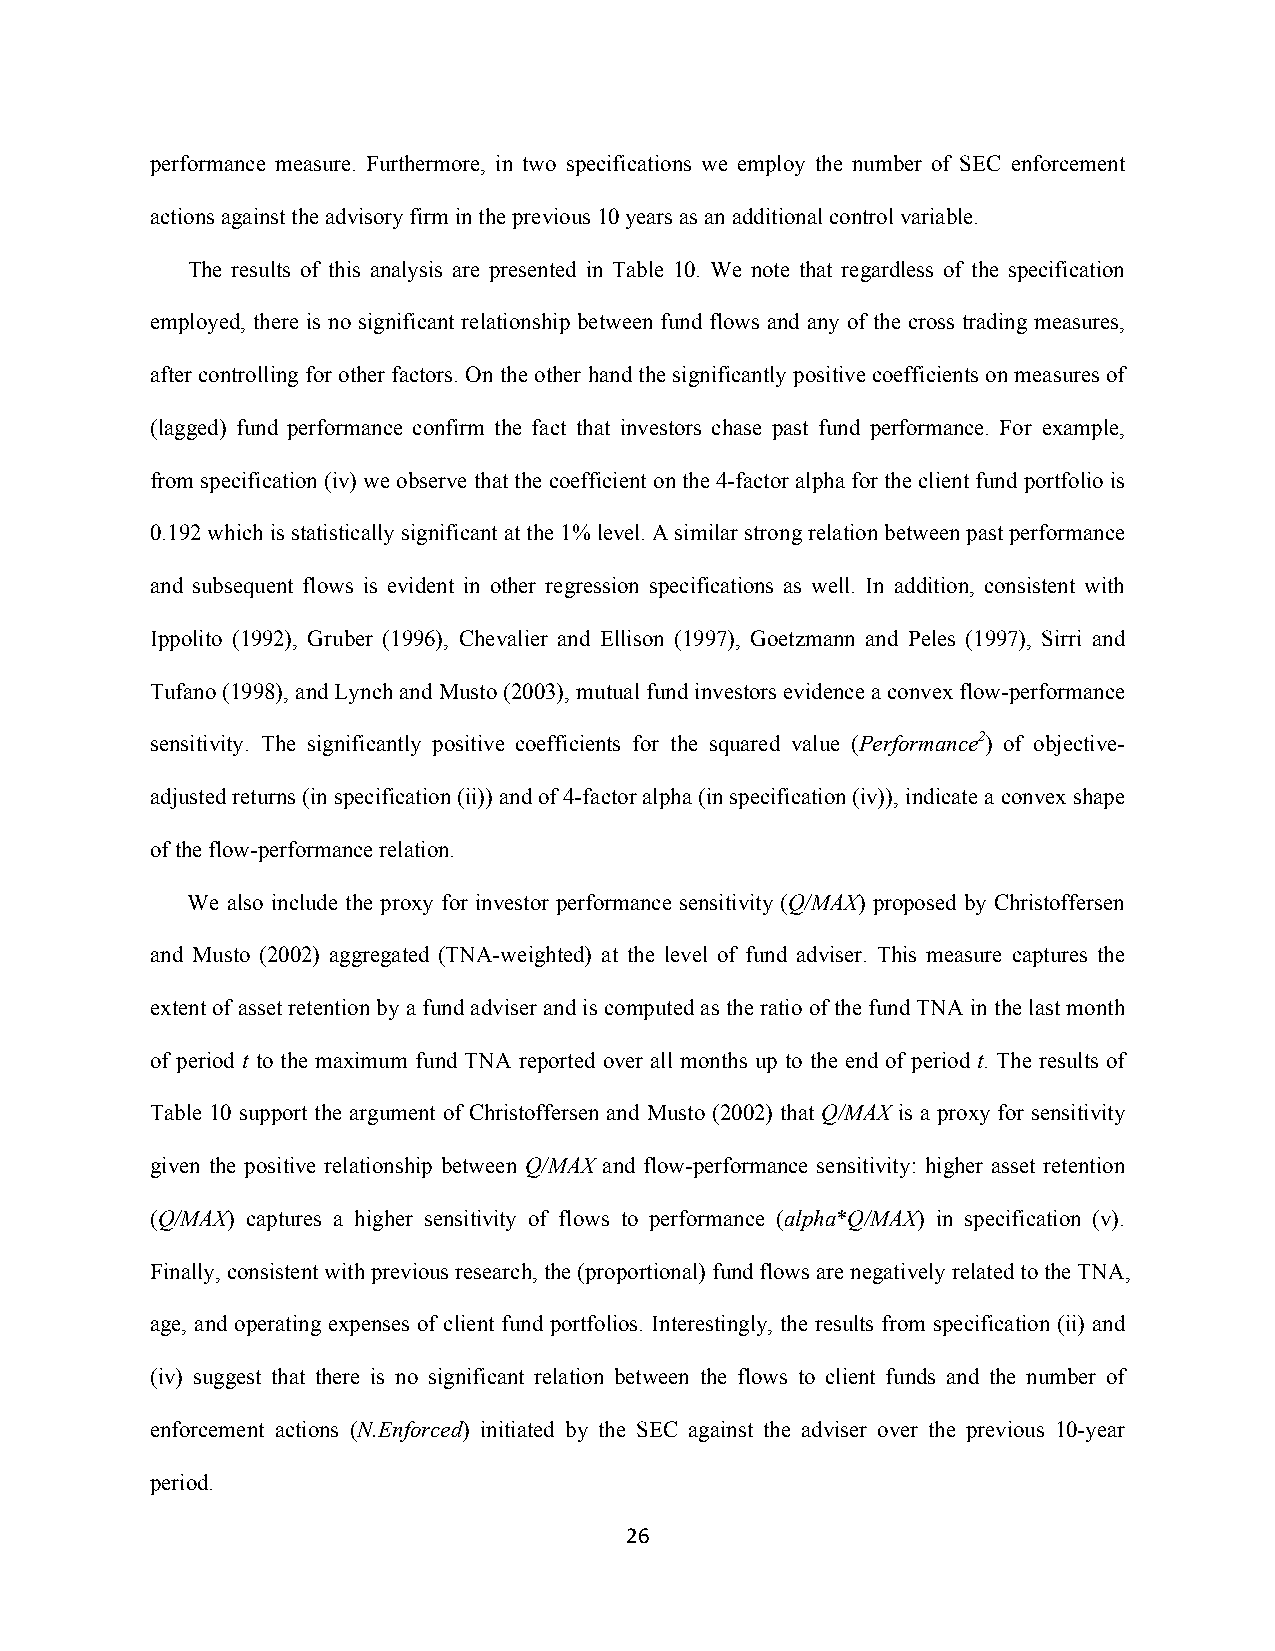
performance measure. Furthermore, in two specifications we employ the number of SEC enforcement
 actions against the advisory firm in the previous 10 years as an additional control variable.
 The results of this analysis are presented in Table 10. We note that regardless of the specification
 employed, there is no significant relationship between fund flows and any of the cross trading measures,
 after controlling for other factors. On the other hand the significantly positive coefficients on measures of
 (lagged) fund performance confirm the fact that investors chase past fund performance. For example,
 from specification (iv) we observe that the coefficient on the 4-factor alpha for the client fund portfolio is
 0.192 which is statistically significant at the 1% level. A similar strong relation between past performance
 and subsequent flows is evident in other regression specifications as well. In addition, consistent with
 Ippolito (1992), Gruber (1996), Chevalier and Ellison (1997), Goetzmann and Peles (1997), Sirri and
 Tufano (1998), and Lynch and Musto (2003), mutual fund investors evidence a convex flow-performance
 sensitivity. The significantly positive coefficients for the squared value (Performance2) of objective-
 adjusted returns (in specification (ii)) and of 4-factor alpha (in specification (iv)), indicate a convex shape
 of the flow-performance relation.
 We also include the proxy for investor performance sensitivity (Q/MAX) proposed by Christoffersen
 and Musto (2002) aggregated (TNA-weighted) at the level of fund adviser. This measure captures the
 extent of asset retention by a fund adviser and is computed as the ratio of the fund TNA in the last month
 of period t to the maximum fund TNA reported over all months up to the end of period t. The results of
 Table 10 support the argument of Christoffersen and Musto (2002) that Q/MAX is a proxy for sensitivity
 given the positive relationship between Q/MAX and flow-performance sensitivity: higher asset retention
 (Q/MAX) captures a higher sensitivity of flows to performance (alpha*Q/MAX) in specification (v).
 Finally, consistent with previous research, the (proportional) fund flows are negatively related to the TNA,
 age, and operating expenses of client fund portfolios. Interestingly, the results from specification (ii) and
 (iv) suggest that there is no significant relation between the flows to client funds and the number of
 enforcement actions (N.Enforced) initiated by the SEC against the adviser over the previous 10-year
 period.
 26